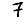
Digit: 7